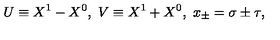
U \equiv X ^ { 1 } - X ^ { 0 } , \ V \equiv X ^ { 1 } + X ^ { 0 } , \ x _ { \pm } = \sigma \pm \tau ,